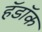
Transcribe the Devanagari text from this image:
हॅडॉक